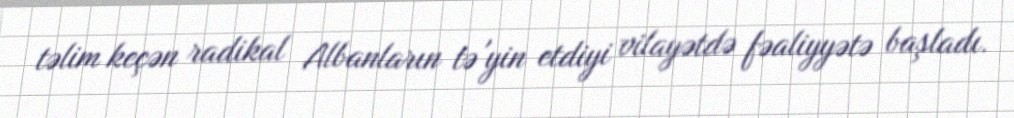
təlim keçən radikal Albanların tə'yin etdiyi vilayətdə fəaliyyətə başladı.